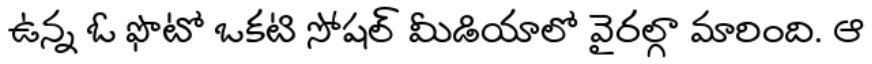
ఉన్న ఓ ఫొటో ఒకటి సోషల్ మీడియాలో వైరల్గా మారింది. ఆ